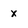
Character: x